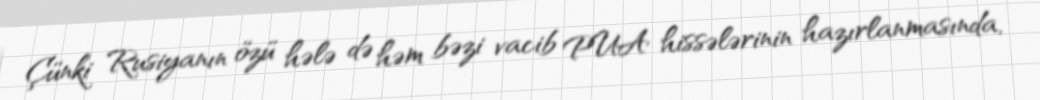
Çünki Rusiyanın özü hələ də həm bəzi vacib PUA hissələrinin hazırlanmasında,